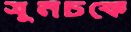
সুনচকে